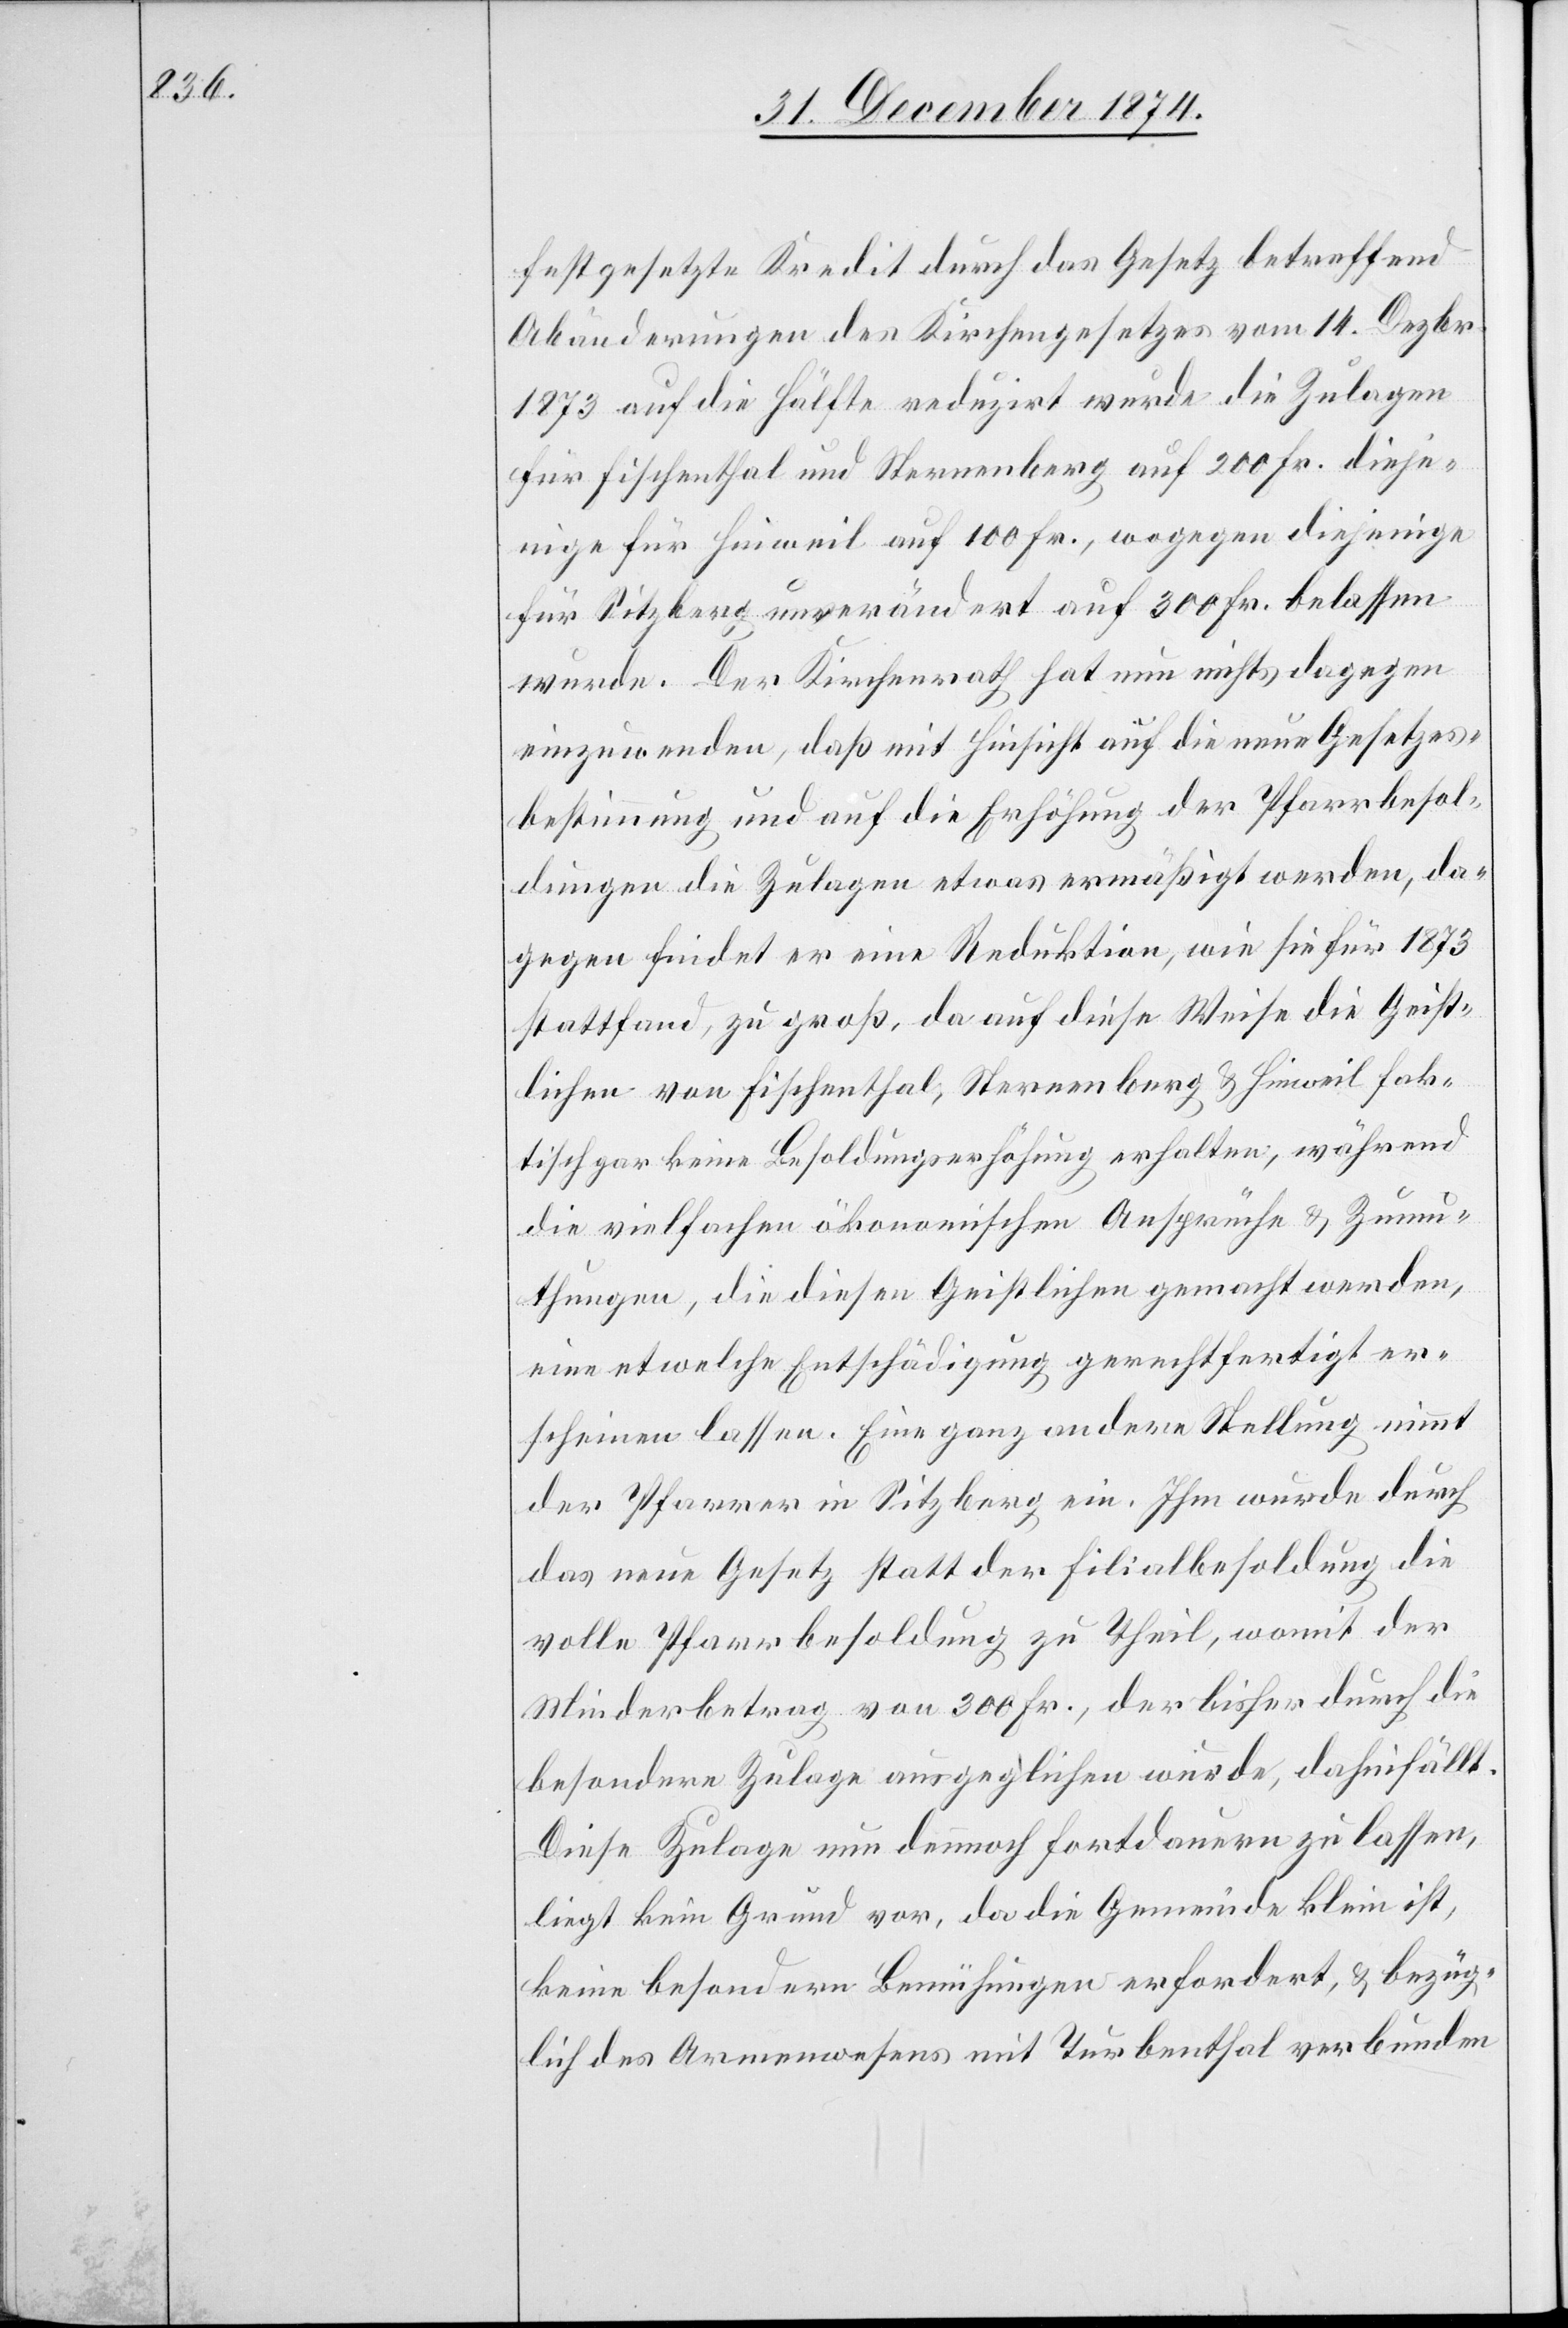
festgesetzte Kredit durch das Gesetz betreffend
Abänderungen des Kirchengesetzes vom 14. Dezbr.
1873 auf die Hälfte reduzirt wurde die Zulagen
für Fischenthal und Sternenberg auf 200 Fr. dieje¬
nige für Hinweil auf 100 Fr., wogegen diejenige
für Sitzberg unverändert auf 300 Fr. belassen
wurde. Der Kirchenrath hat nun nichts dagegen
einzuwenden, daß mit Hinsicht auf die neue Gesetzes¬
bestimmung und auf die Erhöhung der Pfarrbesol¬
dungen die Zulagen etwas ermäßigt werden, da¬
gegen findet er eine Reduktion, wie sie für 1873
stattfand, zu groß, da auf diese Weise die Geist¬
lichen von Fischenthal, Sternenberg & Hinweil fak¬
tisch gar keine Besoldungserhöhung erhalten, während
die vielfachen ökonomischen Ansprüche & Zumu¬
thungen, die diesen Geistlichen gemacht werden,
eine etwelche Entschädigung gerechtfertigt er¬
scheinen lassen. Eine ganz andere Stellung nimmt
der Pfarrer in Sitzberg ein. Ihm wurde durch
das neue Gesetz statt der Filialbesoldung die
volle Pfarrbesoldung zu Theil, womit der
Minderbetrag von 300 Fr., der bisher durch die
besondere Zulage ausgeglichen wurde, dahinfällt.
Diese Zulage nun dennoch fortdauern zu lassen,
liegt kein Grund vor, da die Gemeinde klein ist,
keine besondern Bemühungen erfordert, & bezüg¬
lich des Armenwesens mit Turbenthal verbunden